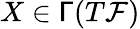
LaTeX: X\in\mathsf{\Gamma}(T{\mathcal F})